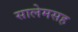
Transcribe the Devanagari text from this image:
सालेमसह